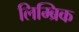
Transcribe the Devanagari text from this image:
लिम्ब्रिक